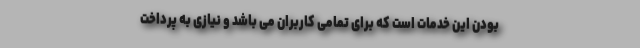
بودن این خدمات است که برای تمامی کاربران می باشد و نیازی به پرداخت